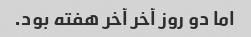
اما دو روز آخر آخر هفته بود.